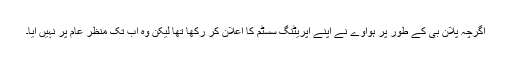
اگرچہ پلان بی کے طور پر ہواوے نے اپنے آپریٹنگ سسٹم کا اعلان کر رکھا تھا لیکن وہ اب تک منظرِ عام پر نہیں آیا۔